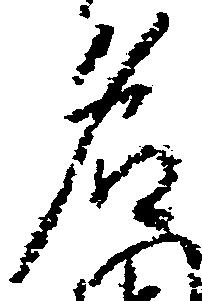
名